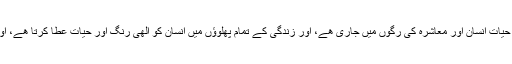
مختصر یہ ھے کہ ”انتظار“ ایک ایسا مبارک چشمہ ھے جس کا آب حیات انسان اور معاشرہ کی رگوں میں جاری ھے، اور زندگی کے تمام پھلوؤں میں انسان کو الٰھی رنگ اور حیات عطا کرتا ھے، اور خدائی رنگ سے بھتر اور ھمیشگی رنگ اور کونسا ھوسکتا ھے؟